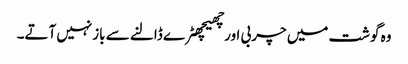
وہ گوشت میں چربی اورچھیچھٹرے ڈالنے سے بازنہیں آتے۔